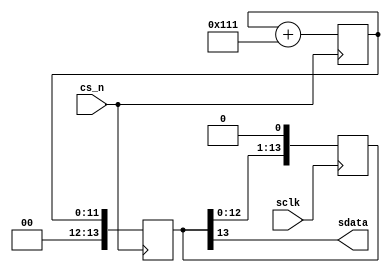
//ad_7226.v
//The model of AD 7226 chip.


module ad_7226(
cs_n,
sclk,
sdata
);
input cs_n;
input sclk;
output sdata;
//--------------------------------------

reg sdata ;


reg [11:0] data;
reg [13:0] shift;
initial data <= 12'h523;
always @ (posedge cs_n)
	data <= data + 12'h111;
always @ (negedge cs_n)
	shift <= {2'h0,data};
always @ (negedge sclk)
	shift <= {shift[12:0],1'b0};

always 
	#2
	sdata  <=  shift[13];


endmodule